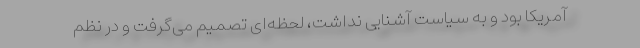
آمریکا بود و به سیاست آشنایی نداشت، لحظه‌ای تصمیم می‌گرفت و در نظم